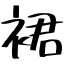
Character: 裙